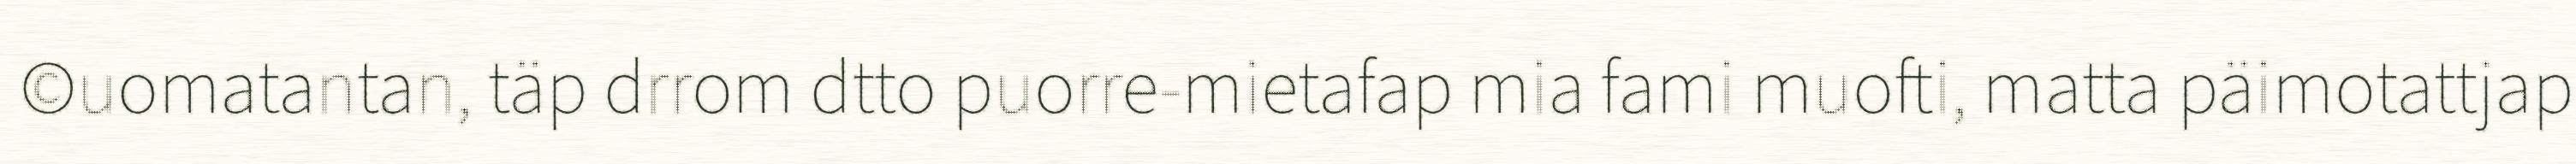
©uomatantan, täp drrom dtto puorre-mietafap mia fami muofti, matta päimotattjap